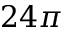
2 4 \pi